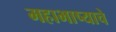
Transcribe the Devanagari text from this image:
महाभाष्याचे